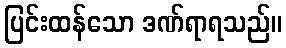
ပြင်းထန်သော ဒဏ်ရာရသည်။